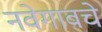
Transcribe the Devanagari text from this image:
नवेगावचे